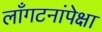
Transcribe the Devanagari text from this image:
लाँगटनांपेक्षा